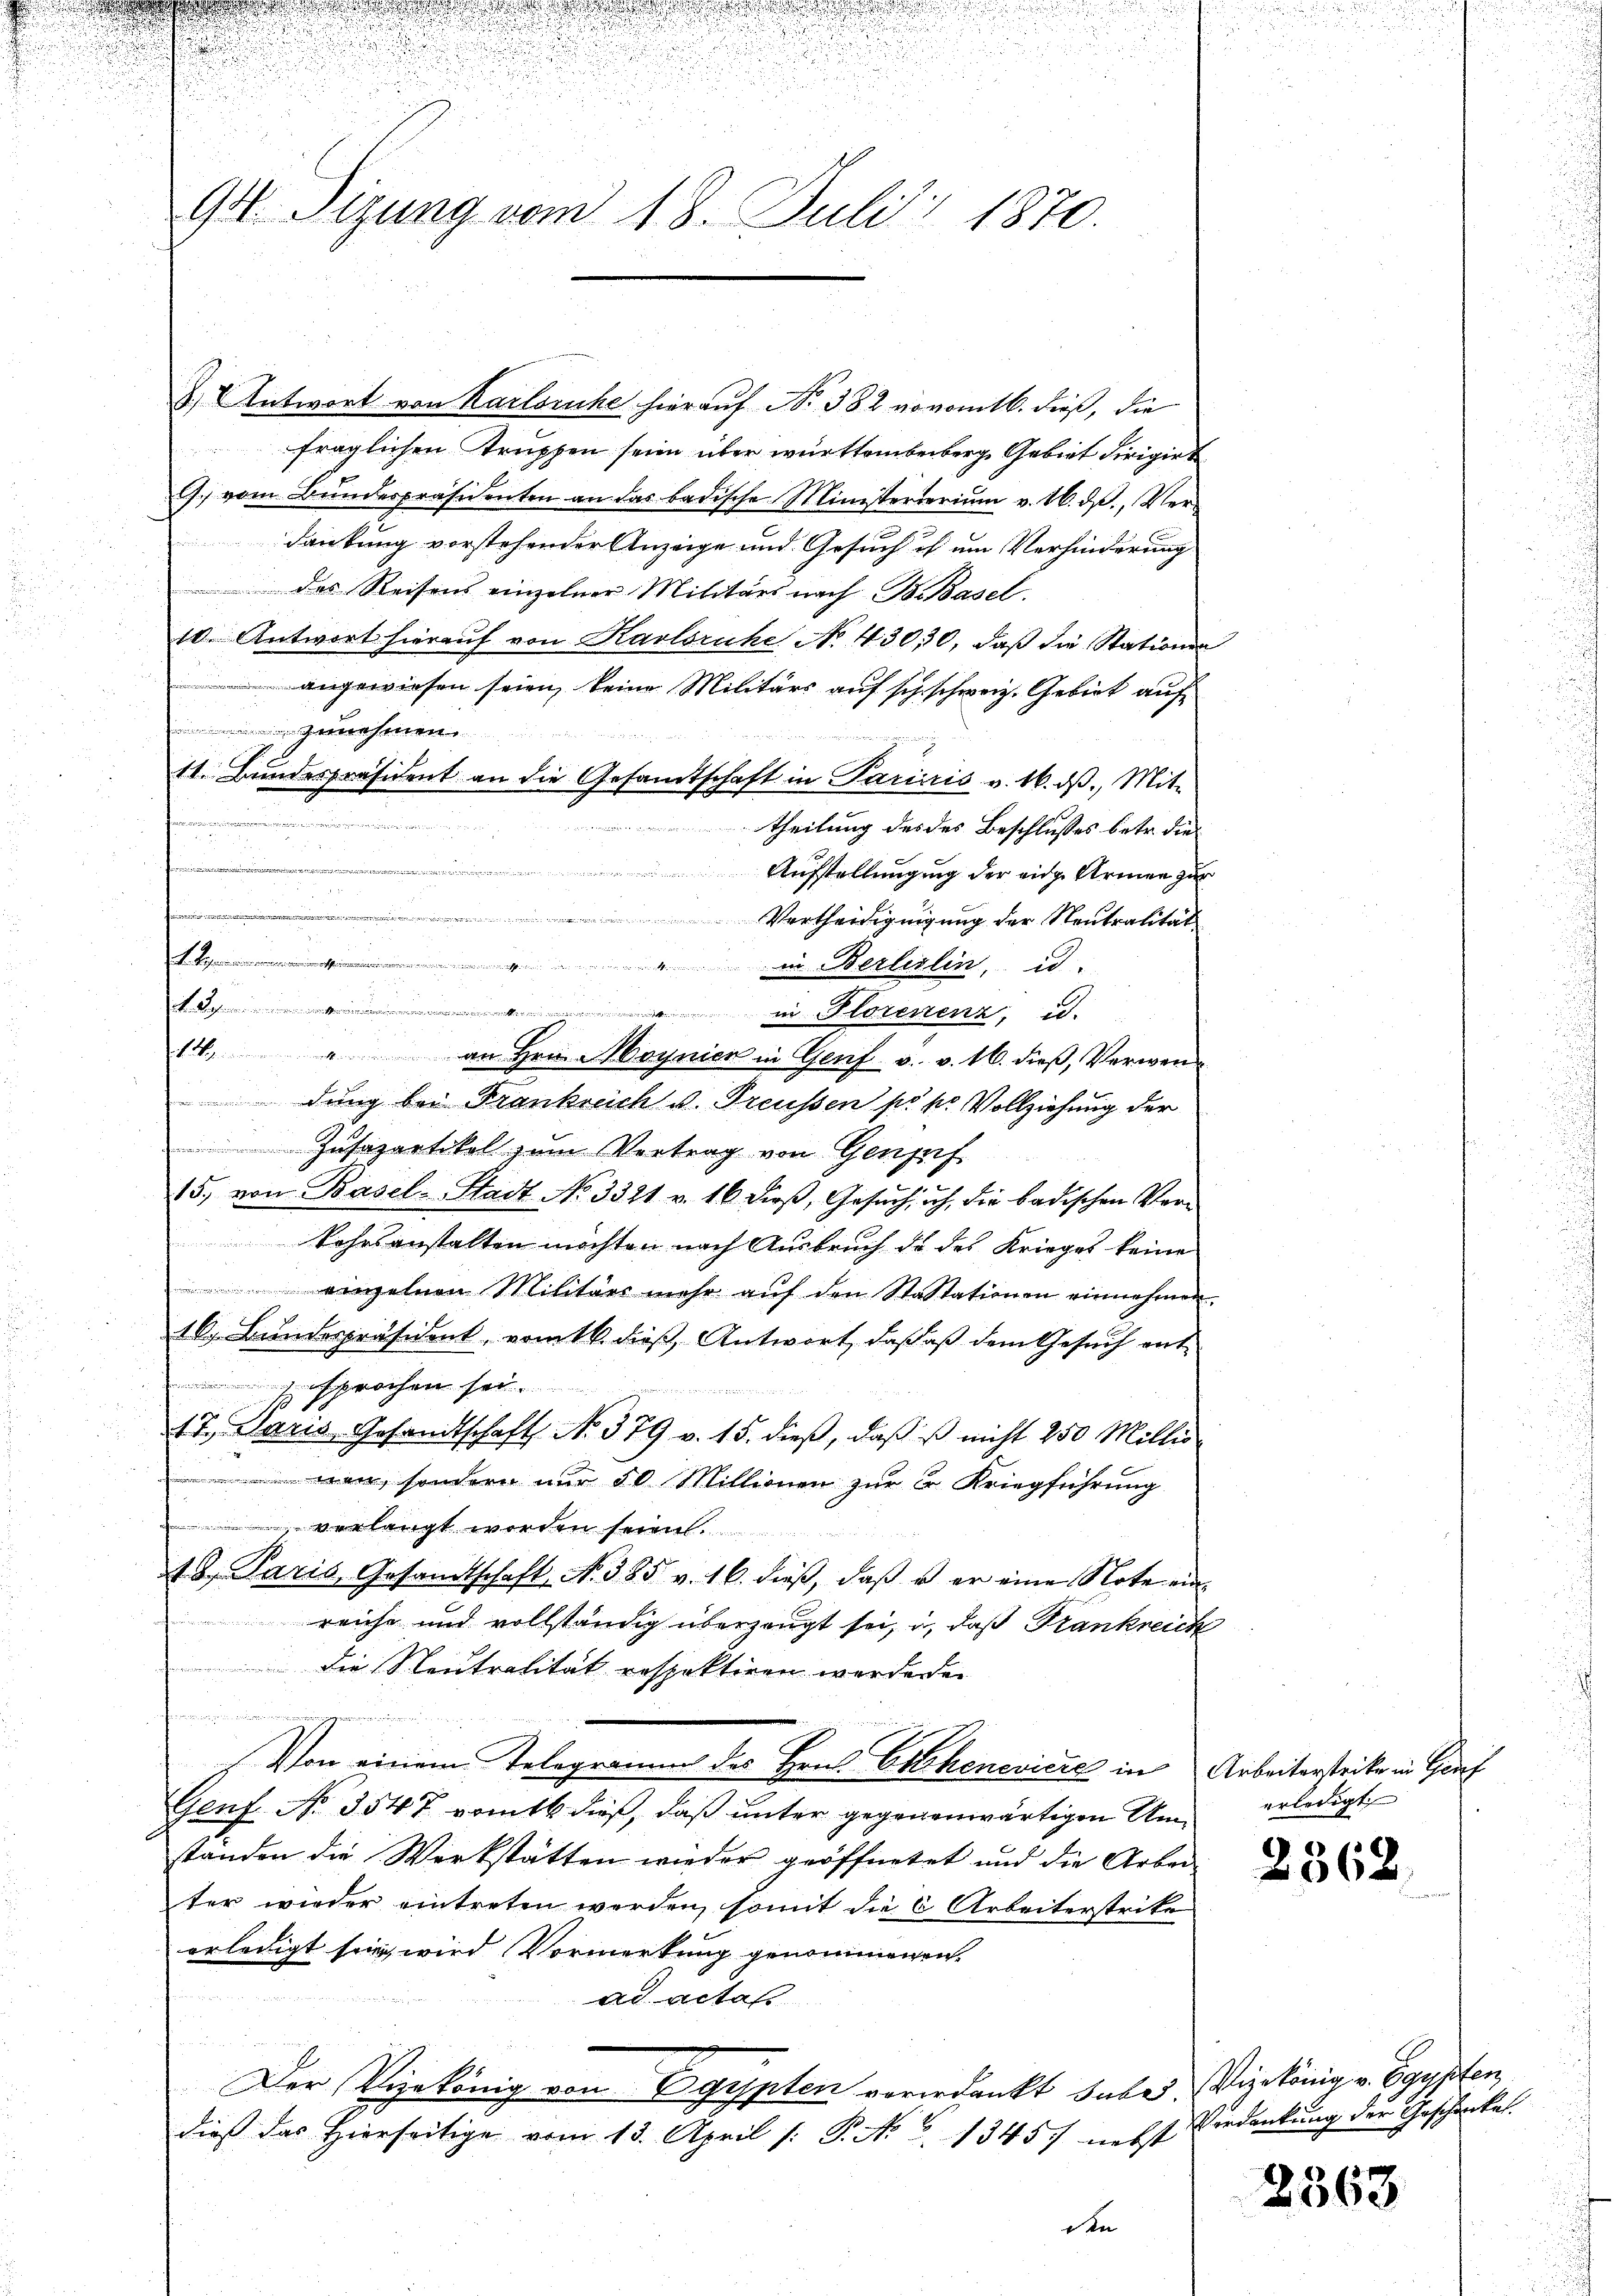
u

94. Sizung vom 18. Juli 1870.

3.) Antwort von Karlsruhe hierauf No 382 vovomtl. dieß, die
fraglichen Truppen seien über württembeiberg Gebiet dirigirt
l. vom Bŭndespräsidenten an das badische Ministerteriŭm v. 26. dβ., Ver-
dankung vorstehender Anzeige und Gesuch ich um Verhinderung
des Reisens einzelner Militärs nach B. Basel.
10. Antwort hieraŭf von Karlsruhe No 4300, daß die Stationen
angewiesen seien, keine Militärs auf sch schweiz. Gebiet auf
zunehmen
t1. Bundespräsident an die Gesamtschaft in Parisis v. 16. dβ, Mit-
.
theilung des des Beschlusses betr. die
t
u
 materste
Aufstellungung der eige Armen zur
.
Vertheidigungung der Neutralität
A. Reconominienstimmuni
in Berlislin, u.
13. in Florenzenz, d.
a
14 " an Hrn. Moynien in Genf v. v. 16. dieβ, Verwen-
dung bei Frankreich v. Preussen pr k. Vollziehung der
Zŭsapartikel zŭm Vertrag von Gengrif
15. von Basel-Stadt No 3321. v. 16 dieβ, Gesŭch, ich, die badischen Ver¬
Sohrsanstalten möchten nach Ausbruch de des Krieges keine
 einzelnen Militärs mehr aŭf den Stattationen einnehmen
16. Bundespräsident, vom 16. dieß Antwort, daß aß dem Gesuch ent¬

17. Paris, Gesandtschaft No. 379 v. 15. dieβ, daβ es nicht 250 Millis
man, sondern nur 50 Millionen zur Fr. Kriegführung
 verlangt worden seien.
18. Paris Gesandtschaft, N. 385 v. 16. dieβ, daβ u. er eine Note ein-
reiche und vollständig überzeugt sei, u. daß Frankreich
die Neutralität respektiren werdenen
n
 Von einem Telegramm des Hrn. Eschenevicre in Arbeiterstrike in Gruf
Genf. No. 3547 romtt dieß, daß unter gegenenwärtigen Umstanden die Werkstätten wieder geöffnetet und die Arbei
ter wieder eintreten werden, somit die 6 Arbeiterstrite
erledigt sie, wird Vormerkung genommenen.
ad actas
Der Vizekönig von Egypten vorerdankt habe. Vizekönig v. Egypten
dieß das Hierseitige vom 13. April /: P. Nr. 6. 13457 nebst
den

erledigt

2362.

Verdankung der Geschenkel.

2363